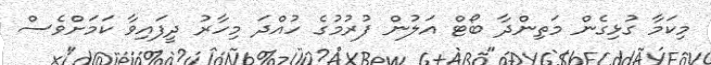
މިކަމާ ގުޅިގެން މަތިންދާ ބޯޓް އަލުން ފުރުމުގެ ހުއްދަ މިހާރު ދީފައިވާ ކަމަށްވެސް